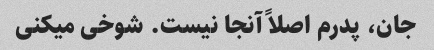
جان، پدرم اصلاً آنجا نیست. شوخی میکنی